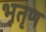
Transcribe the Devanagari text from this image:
भूतृण